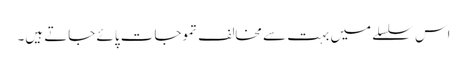
اس سلسلے میں بہت سے مخالف تموجات پائے جاتے ہیں۔